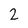
Character: 2